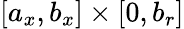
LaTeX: [a_{x},b_{x}]\times[0,b_{r}]